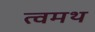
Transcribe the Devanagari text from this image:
त्वमथ